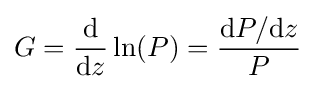
G={\frac {\rm {d}}{{\rm {d}}z}}\ln(P)={\frac {{\rm {d}}P/{\rm {d}}z}{P}}